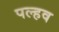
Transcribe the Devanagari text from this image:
पल्हव